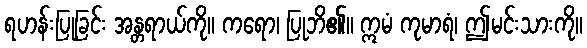
ရဟန်းပြုခြင်း အန္တရာယ်ကို။ ကရော၊ ပြုဘိ၏။ ဣမံ ကုမာရံ၊ ဤမင်းသားကို။